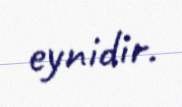
eynidir.